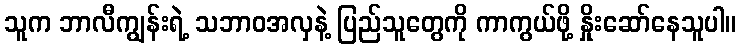
သူက ဘာလီကျွန်းရဲ့ သဘာဝအလှနဲ့ ပြည်သူတွေကို ကာကွယ်ဖို့ နှိုးဆော်နေသူပါ။